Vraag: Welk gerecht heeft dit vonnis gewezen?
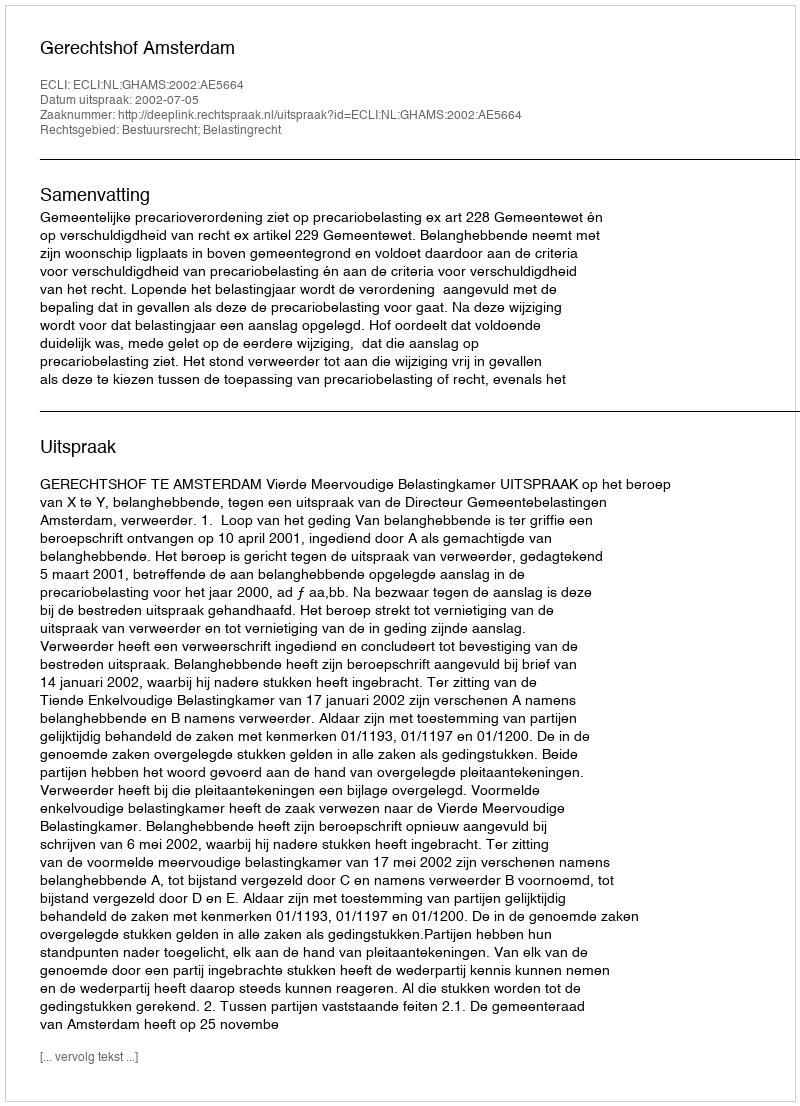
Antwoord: Gerechtshof Amsterdam